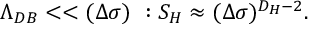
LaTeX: \Lambda _ { D B } < < ( \Delta \sigma ) \ : { \cal S } _ { H } \approx ( \Delta \sigma ) ^ { D _ { H } - 2 } .